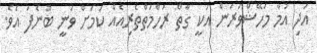
އަދި އުމާ މަހޭޝްވަރަން އަކީ ގާތް ރަހްމަތްތެރިއެއް ކަމަށް ވަނީ ބުނެފަ އެވެ.